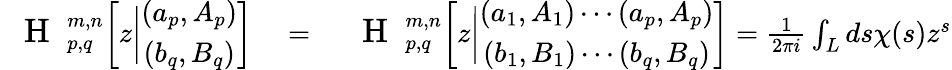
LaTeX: \begin{array}{rlr}{\mathrm{~\large~{~H~}~}_{p,q}^{m,n}\bigg[z\bigg|\begin{array}{c}{\left(a_{p},A_{p}\right)}\\ {\left(b_{q},B_{q}\right)}\end{array}\bigg]}&{{}=}&{\mathrm{~\large~{~H~}~}_{p,q}^{m,n}\bigg[z\bigg|\begin{array}{c}{\left(a_{1},A_{1}\right)\cdots\left(a_{p},A_{p}\right)}\\ {\left(b_{1},B_{1}\right)\cdots\left(b_{q},B_{q}\right)}\end{array}\bigg]=\frac{1}{2\pi i}\int_{L}ds\chi(s)z^{s}}\end{array}